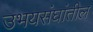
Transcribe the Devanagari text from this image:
उभयसंघांतील